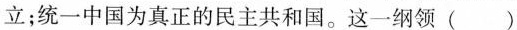
立；统一中国为真正的民主共和国。这一纲领()